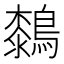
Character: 𪄭